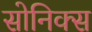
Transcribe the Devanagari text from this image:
सोनिक्स